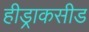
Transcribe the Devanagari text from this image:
हीड्राकसीड